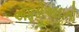
એફડીઆઇનો